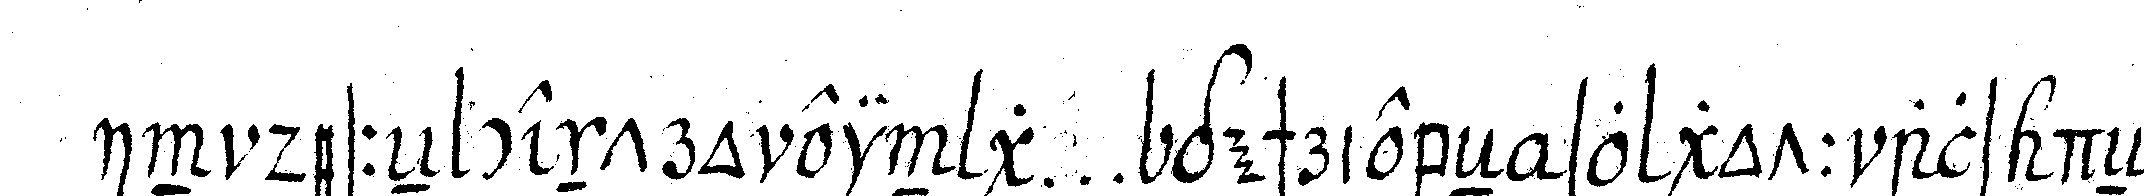
in desseN centro ein g ... geschriebeN so gott als deN